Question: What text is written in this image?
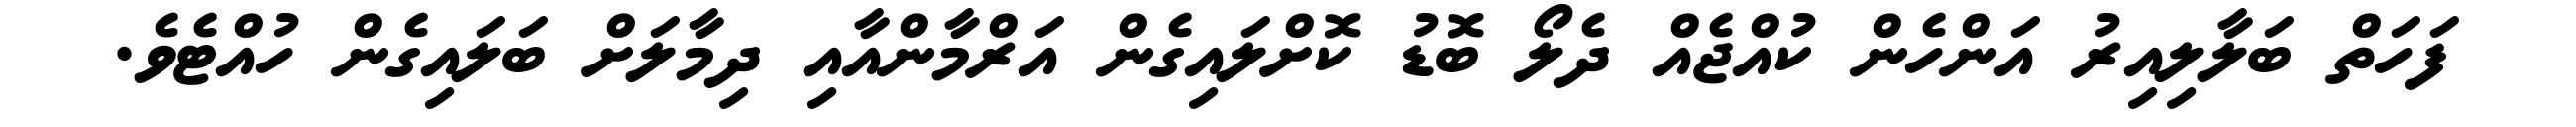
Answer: ފަހަތް ބަލާލިއިރު އަންހެން ކުއްޖެއް ދެލޯ ބޮޑު ކޮށްލައިގެން އަރްމާންއާއި ދިމާލަށް ބަލައިގެން ހުއްޓެވެ.